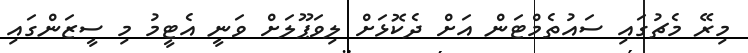
މިރޭ މެޗުގައި ސައުތެމްޓަން އަށް ދެކޮޅަށް ލިވަޕޫލަށް ވަނީ އެޓީމު މި ސީޒަންގައި